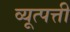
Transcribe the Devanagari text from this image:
व्यूत्पत्ती